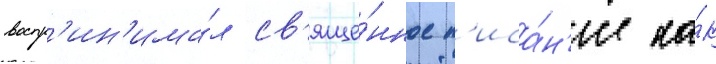
воспр'ин'има́л св'яще́нное п'иса́н'ие ка́к